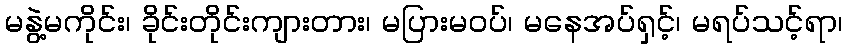
မနွဲ့မကိုင်း၊ ခိုင်းတိုင်းကျားတား၊ မပြားမဝပ်၊ မနေအပ်ရှင့်၊ မရပ်သင့်ရာ၊